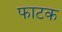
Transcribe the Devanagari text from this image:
फाटक